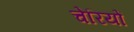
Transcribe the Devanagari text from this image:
चेरियों